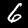
Digit: 6